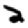
Digit: 2